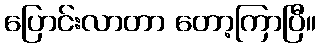
ပြောင်းလာတာ တော့ကြာပြီ။